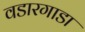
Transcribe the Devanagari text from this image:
वडारगाडा